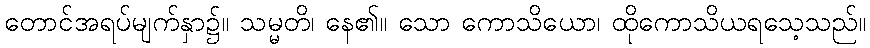
တောင်အရပ်မျက်နှာ၌။ သမ္မတိ၊ နေ၏။ သော ကောသိယော၊ ထိုကောသိယရသေ့သည်။